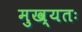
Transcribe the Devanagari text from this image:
मुख्यतः